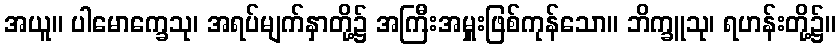
အယူ။ ပါမောက္ခေသု၊ အရပ်မျက်နှာတို့၌ အကြီးအမှူးဖြစ်ကုန်သော။ ဘိက္ခူသု၊ ရဟန်းတို့၌။